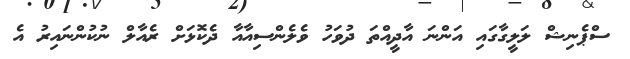
ސްޕެނިޝް ލަލީގާގައި އަންނަ އާދީއްތަ ދުވަހު ވެލެންސިއާއާ ދެކޮޅަށް ރެއާލް ނުކުންނައިރު އެ